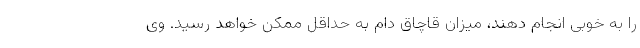
را به خوبی انجام دهند، میزان قاچاق دام به حداقل ممکن خواهد رسید. وی